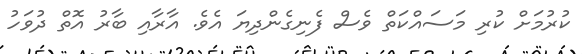
ކުރުމަށް ކުރި މަސައްކަތް ވެސް ފެނިގެންދިޔަ އެވެ. އާރާއި ބާރު އޮތް ދުވަހު